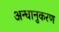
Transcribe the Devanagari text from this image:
अन्धानुकरण